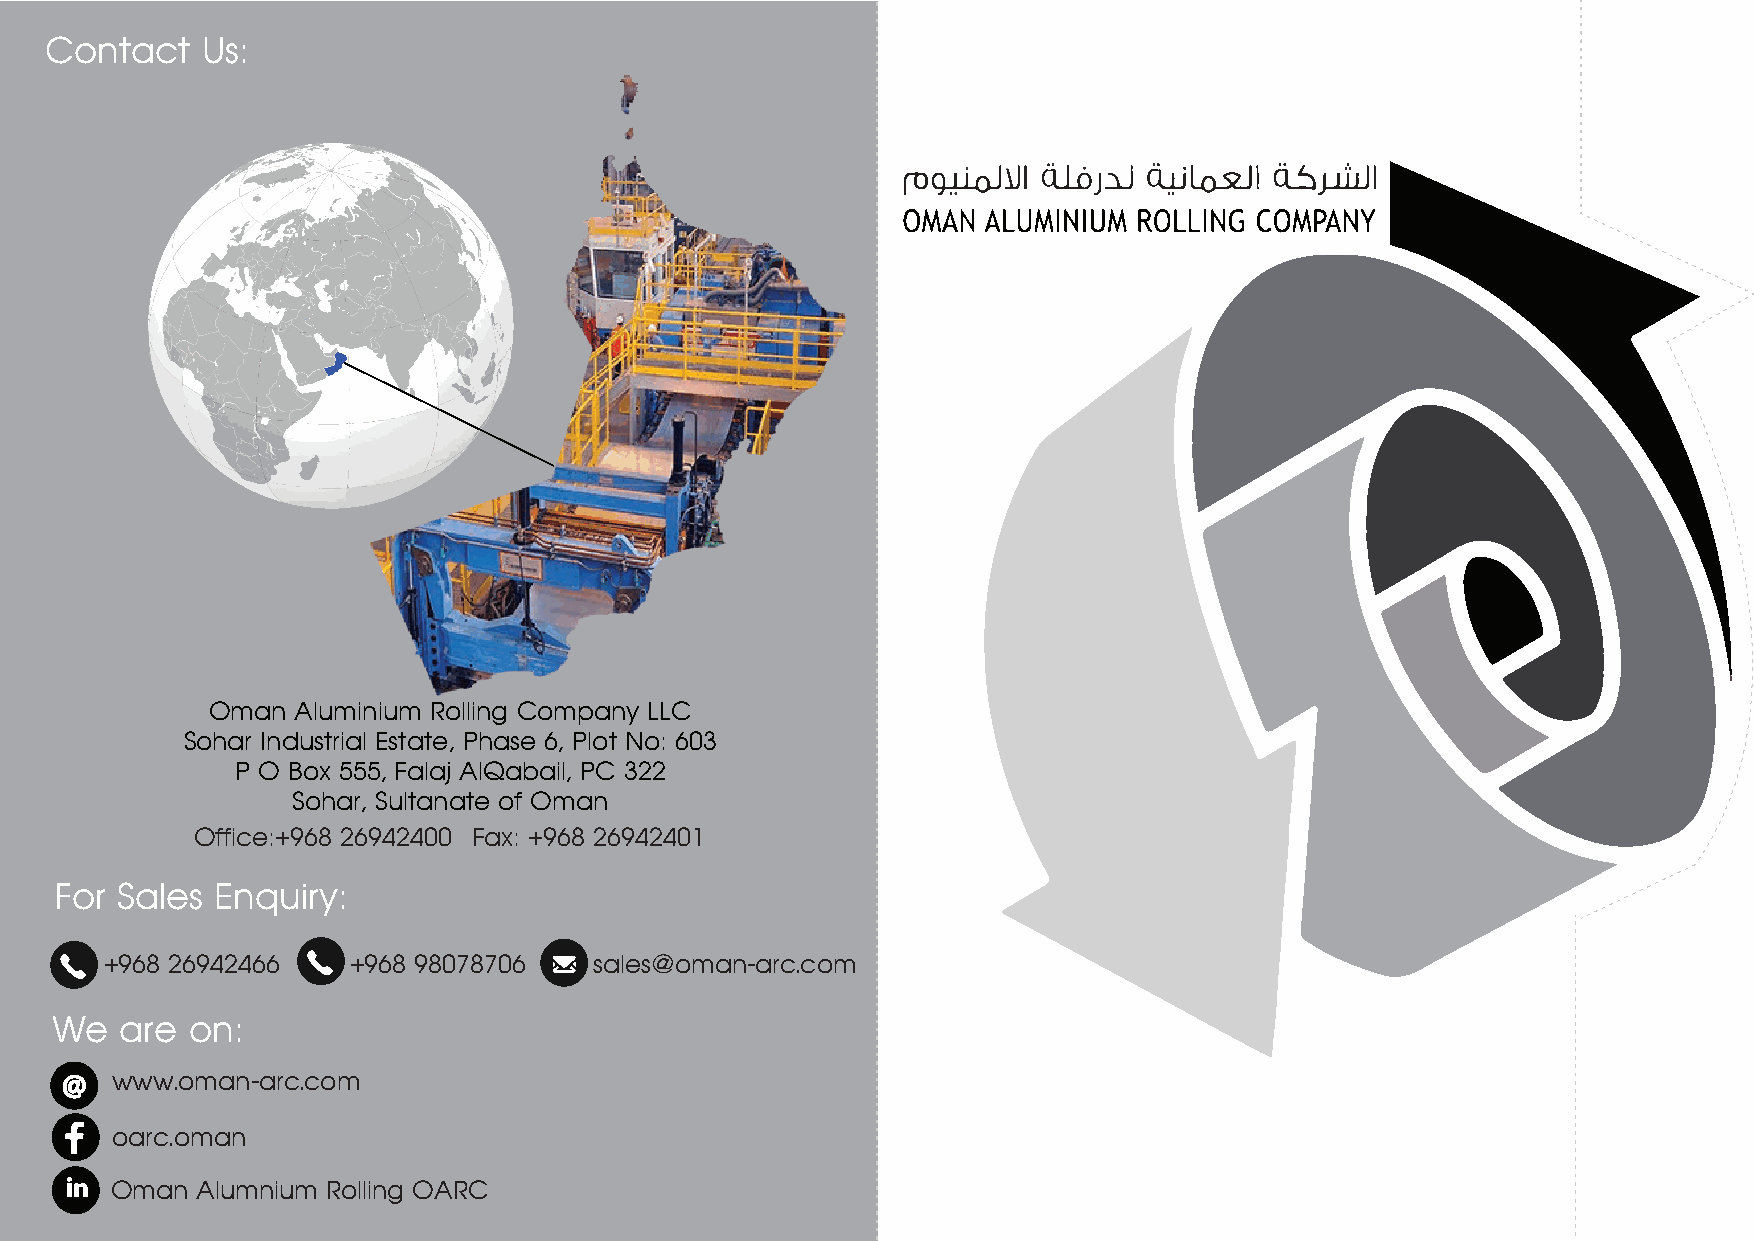
Contact   Us:
 Oman  Aluminium Rolling Company LLC
 Sohar Industrial Estate, Phase 6, Plot No: 603
 P O Box 555, Falaj AlQabail, PC 322
 Sohar, Sultanate of Oman
 Office:+968 26942400 Fax: +968 26942401
 For Sales Enquiry:
 +968 26942466   +968 98078706   sales@oman-arc.com
 We   are  on:
 @  www.oman-arc.com
 oarc.oman
 Oman  Alumnium Rolling OARC